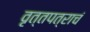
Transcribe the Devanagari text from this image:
वृत्तपत्राचं